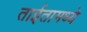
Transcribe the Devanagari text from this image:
ताईतामध्ये